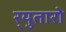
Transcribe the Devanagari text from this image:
र्‍युतारो